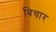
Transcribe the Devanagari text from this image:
बिचार